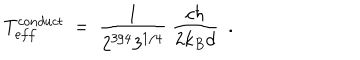
T _ { e f f } ^ { c o n d u c t } \ = \ \frac { 1 } { 2 ^ { 3 / 4 } 3 ^ { 1 / 4 } } \ \frac { c \hbar } { 2 k _ { B } d } \ \ .